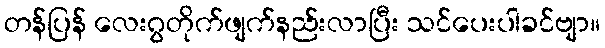
တန်ပြန် လေးဂွတိုက်ဖျက်နည်းလာပြီး သင်ပေးပါခင်ဗျာ။